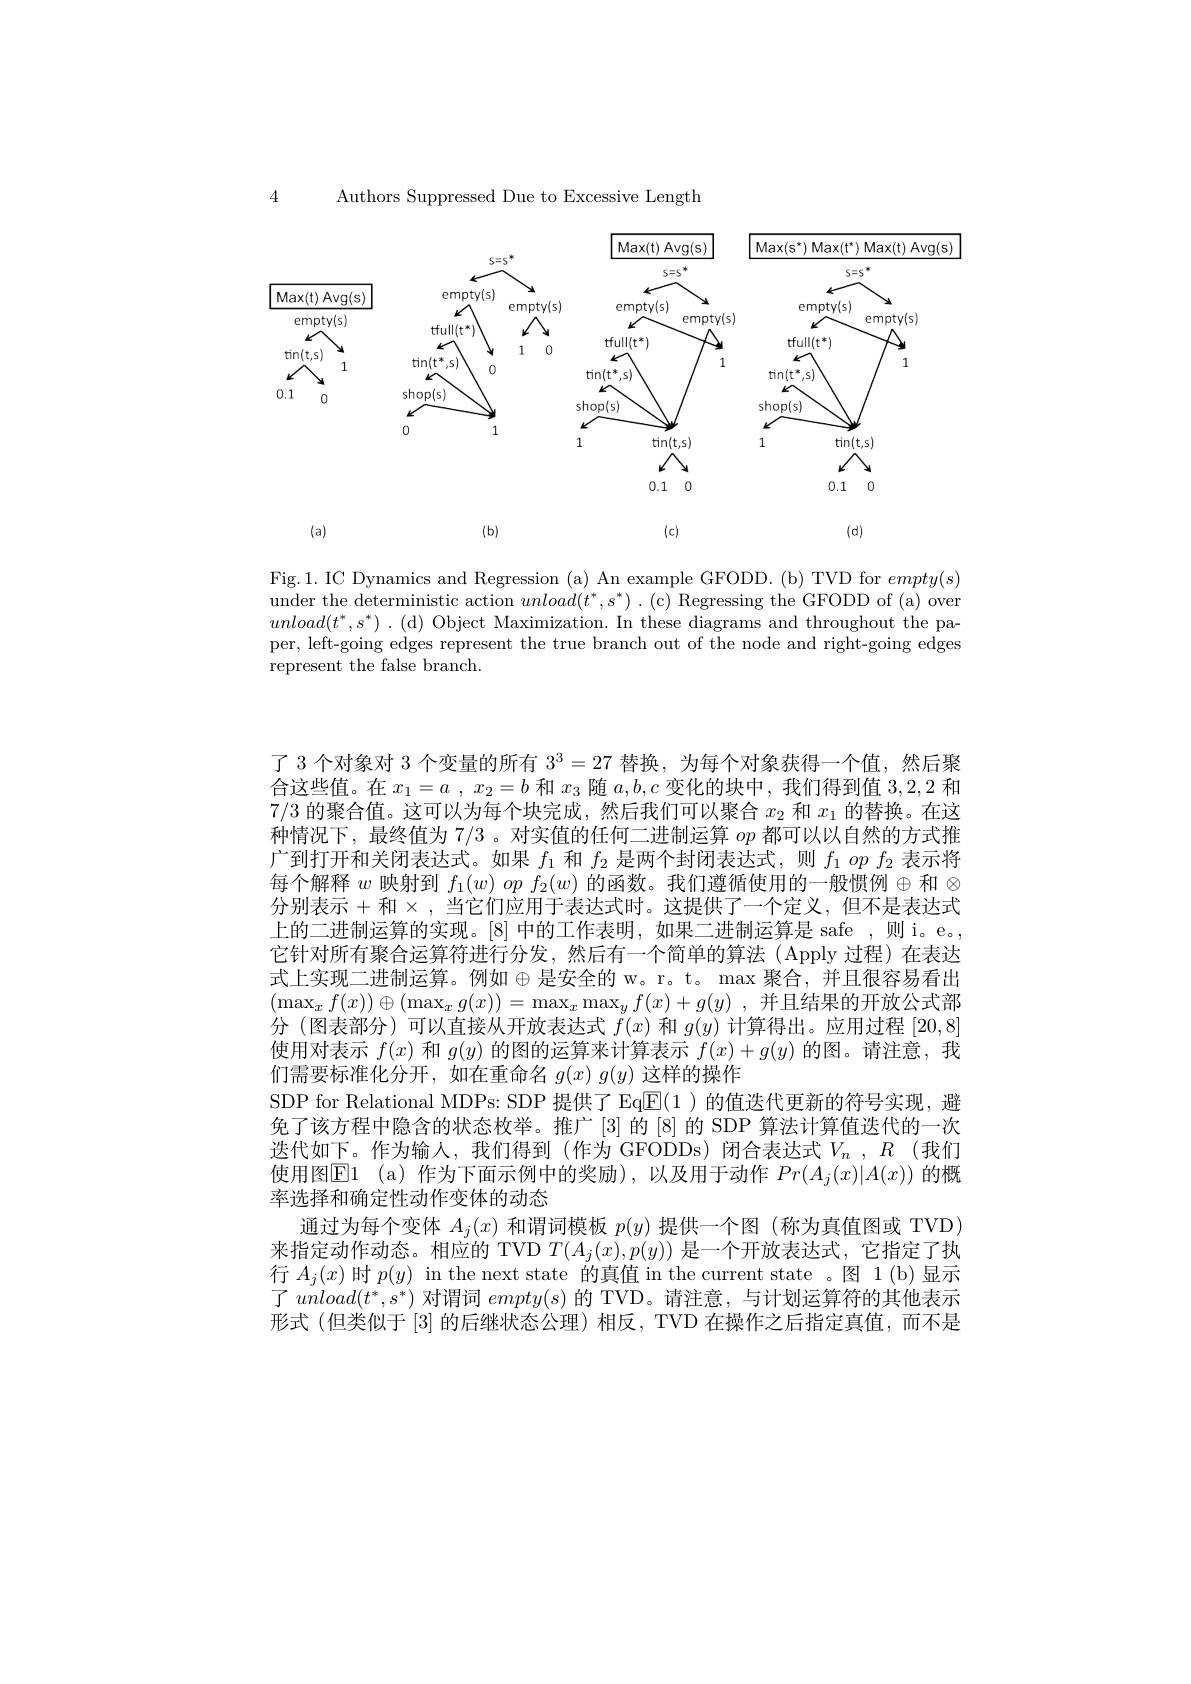
Authors Suppressed Due to Excessive Length

4

<FigureHere>

Fig.1. IC Dynamics and Regression (a) An example GFODD. (b) TVD for $empty(s)$ under the deterministic action $unload(t^*,s^*)$ . (c) Regressing the GFODD of (a) over $unload( t^* , s^* )$ . (d) Object Maximization. In these diagrams and throughout the paper, left-going edges represent the true branch out of the node and right-going edges represent the false branch.

了 3 个对象对 3 个变量的所有$3^3=27$替换，为每个对象获得一个值，然后聚合这些值。在$x_1= a$ , $x_2= b$和$x_3$随$a,b,c$变化的块中 ,我们得到值3，2,2和7/3的聚合值。这可以为每个块完成，然后我们可以聚合$x_2$和$x_1$的替换。在这种情况下，最终值为7/3 。对实值的任何二进制运算$op$都可以以自然的方式推广到打开和关闭表达式。如果$f_1$和$f_2$是两个封闭表达式，则$f_1opf_2$表示将每个解释$w$映射到$f_1( w) \textit{ op }f_2( w)$的函数。我们遵循使用的一般惯例$\oplus$和$\otimes$ 分别表示+和 × , 当它们应用于表达式时。这提供了一个定义，但不是表达式上的二进制运算的实现。[8] 中的工作表明，如果二进制运算是 safe ,则 i。e。, 它针对所有聚合运算符进行分发，然后有一个简单的算法(Apply 过程)在表达式上实现二进制运算。例如$\oplus$是安全的 w。r。t。max 聚合，并且很容易看出$( \max _xf( x) ) \oplus ( \max _xg( x) ) = \max _x\max _yf( x) + g( y)$ ,并且结果的开放公式部分(图表部分)可以直接从开放表达式$f(x)$和$g(y)$计算得出。应用过程[20,8] 使用对表示$f(x)$和$g(y)$的图的运算来计算表示$f(x)+g(y)$的图。请注意，我们需要标准化分开，如在重命名$g(x)g(y)$这样的操作
SDP for Relational MDPs: SDP 提供了 Eq$\underline{\mathrm{E}}(1)$的值迭代更新的符号实现，避免了该方程中隐含的状态枚举。推广[3]的[8]的 SDP 算法计算值迭代的一次送代如下。作为输入，我们得到(作为 GFODDs)闭合表达式$V_n$ $, R$(我们使用图$\overline{\mathrm{E1~(a)}}$作为下面示例中的奖励),以及用于动作 $Pr(A_j(x)|A(x))$ 的概率选择和确定性动作变体的动态
通过为每个变体$A_j(x)$和谓词模板$p(y)$提供一个图 (称为真值图或 TVD) 来指定动作动态。相应的 TVD $T(A_j(x),p(y))$是一个开放表达式，它指定了执行$A_j(x)$时$p(y)$ in the next state 的真值 in the current state 。图 1(b)显示了$unload(t^*,s^*)$对谓词$empty(s)$的 TVD。请注意，与计划运算符的其他表示形式 (但类似于 $\left|3\right|$的后继状态公理)相反，TVD 在操作之后指定真值，而不是